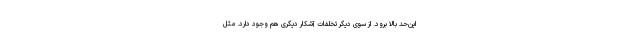
این‌حد بالا برود. از سوی دیگر تخلفات آشکار دیگری هم وجود دارد. مثل